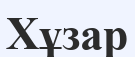
Хұзар